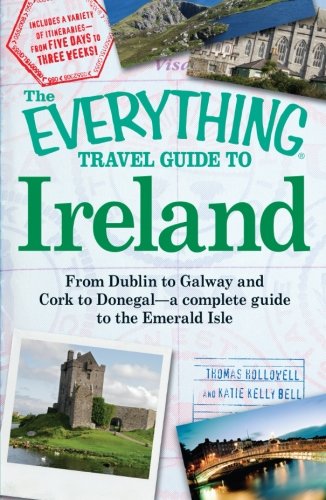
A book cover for The Everything Travel Guide to Ireland: From Dublin to Galway and Cork to Donegal - a complete guide to the Emerald Isle; Thomas Hollowell; Travel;